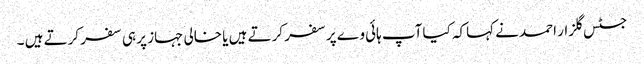
جسٹس گلزار احمد نے کہاکہ کیا آپ ہائی وے پر سفر کرتے ہیں یا خالی جہاز پر ہی سفر کرتے ہیں ۔